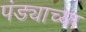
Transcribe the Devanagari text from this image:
पंड्याच्या